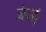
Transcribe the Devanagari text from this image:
जेरह